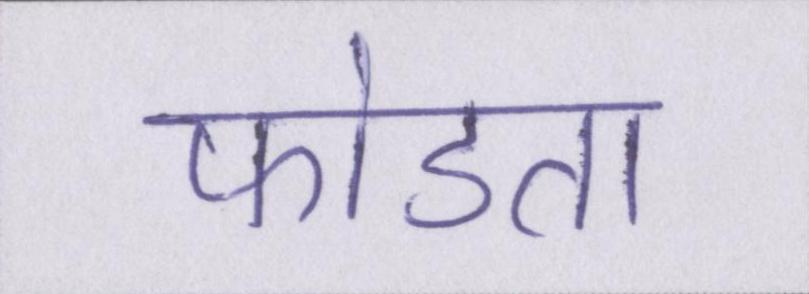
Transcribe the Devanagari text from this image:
फोडता